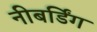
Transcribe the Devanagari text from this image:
नीबर्डिंग